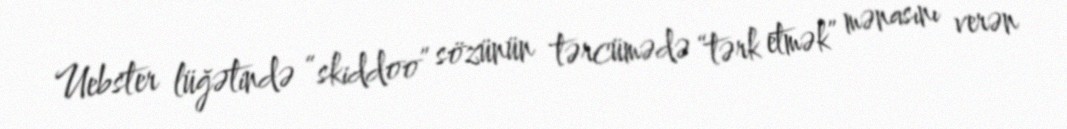
Uebster lüğətində “skiddoo” sözünün tərcümədə “tərk etmək” mənasını verən